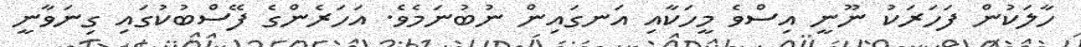
ހާލަކުން ފަހަރަކު ނޫނީ އިސްވެ މީހަކާއި އަނގައިން ނުބުނަމެވެ. އަހަރެންގެ ފޭސްބުކުގައި ގިނަވާނީ